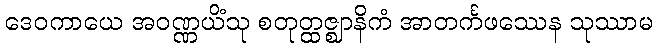
ဒေဝကာယေ အဝဏ္ဏယိံသု စတုတ္ထဇ္ဈာနိကံ အာတင်္ကဖဿေန သုဿာမ